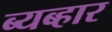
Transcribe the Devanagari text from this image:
ब्यब्हार